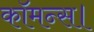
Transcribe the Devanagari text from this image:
कॉमन्स।